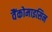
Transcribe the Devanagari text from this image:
वैंकोमाइसिन